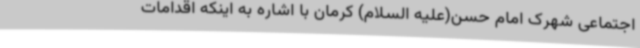
اجتماعی شهرک امام حسن(علیه السلام) کرمان با اشاره به اینکه اقدامات